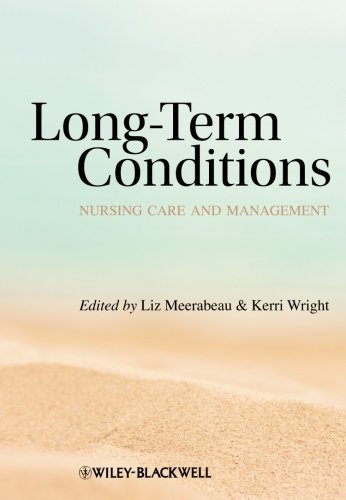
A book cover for Long-Term Conditions: Nursing Care and Management; Liz Meerabeau; Medical Books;